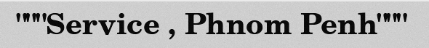
"""Service , Phnom Penh"""